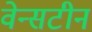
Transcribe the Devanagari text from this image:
वेन्सटीन